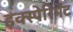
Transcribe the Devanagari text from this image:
इक्स्पेरिमेंट